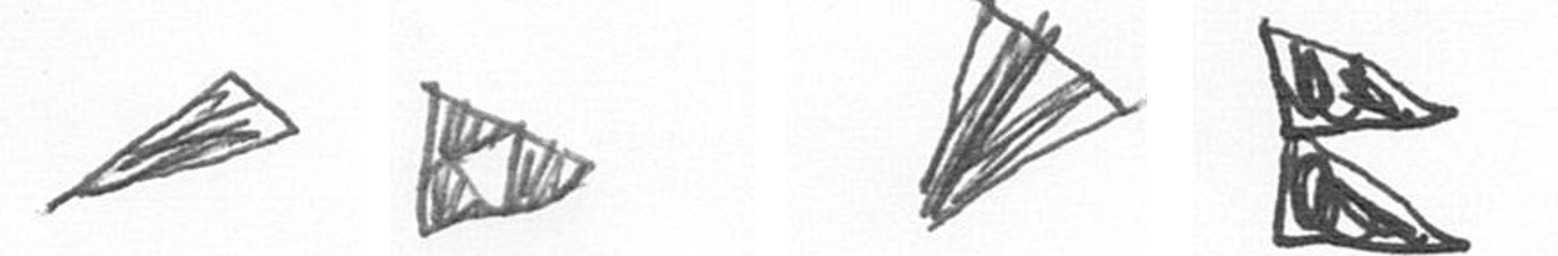
O K O P